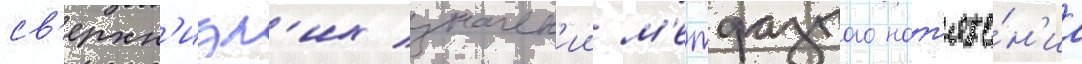
св'ерхн'изк'их значен'ии м'ежфазного нат'яже́н'иа